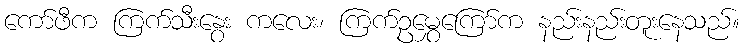
ကော်ဖီက ကြက်သီးနွေး ကလေး၊ ကြက်ဥမွှေကြော်က နည်းနည်းတူးနေသည်။